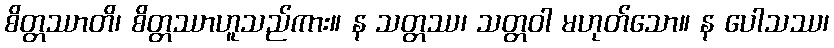
စိတ္တဿာတိ၊ စိတ္တဿာဟူသည်ကား။ န သတ္တဿ၊ သတ္တဝါ မဟုတ်သော။ န ပေါသဿ၊